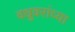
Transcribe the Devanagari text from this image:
वधुवरांच्या